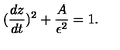
( { \frac { d z } { d t } } ) ^ { 2 } + { \frac { A } { \epsilon ^ { 2 } } } = 1 .